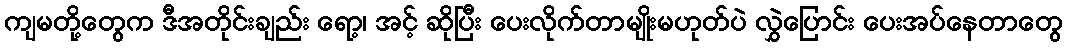
ကျမတို့တွေက ဒီအတိုင်းချည်း ရော့၊ အင့် ဆိုပြီး ပေးလိုက်တာမျိုးမဟုတ်ပဲ လွှဲပြောင်း ပေးအပ်နေတာတွေ